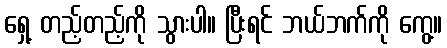
ရှေ့ တည့်တည့်ကို သွားပါ။ ပြီးရင် ဘယ်ဘက်ကို ကွေ့။